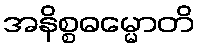
အနိစ္စဓမ္မောတိ